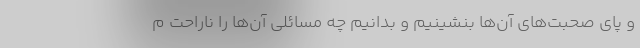
و پای صحبت‌های آن‌ها بنشینیم و بدانیم چه مسائلی آن‌ها را ناراحت م